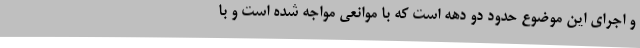
و اجرای این موضوع حدود دو دهه است که با موانعی مواجه شده است و با